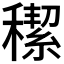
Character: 𥢪